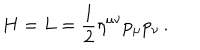
H = L = \frac { 1 } { 2 } \eta ^ { \mu \nu } p _ { \mu } p _ { \nu } \, .